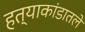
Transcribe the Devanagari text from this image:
हत्याकांडातले